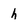
Character: h